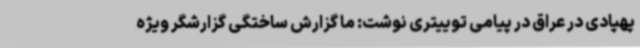
پهپادی در عراق در پیامی توییتری نوشت: ما گزارش ساختگی گزارشگر ویژه